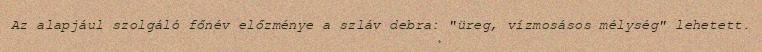
Az alapjául szolgáló főnév előzménye a szláv debra: "üreg, vízmosásos mélység" lehetett.